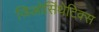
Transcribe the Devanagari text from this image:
जिओसिंथेटिक्स